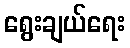
ရွေးချယ်ရေး